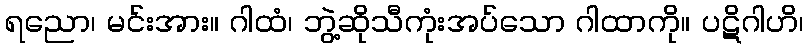
ရညော၊ မင်းအား။ ဂါထံ၊ ဘွဲ့ဆိုသီကုံးအပ်သော ဂါထာကို။ ပဋိဂါဟိ၊